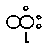
ထုံး